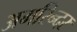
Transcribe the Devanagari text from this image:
अमरिन्दर